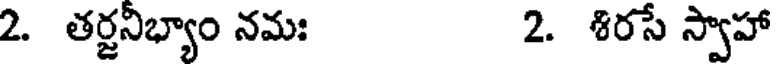
2. తర్జనిభ్యాం నమః 2. శిరసే స్వాహా